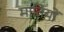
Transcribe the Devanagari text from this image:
मातियों